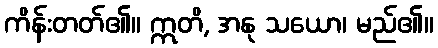
ကိန်းတတ်၏။ ဣတိ, အနု သယော၊ မည်၏။